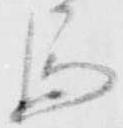
馬